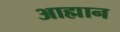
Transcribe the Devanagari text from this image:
आह्मान